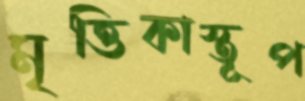
মৃত্তিকাস্তূপ